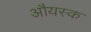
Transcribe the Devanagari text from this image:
औयस्क